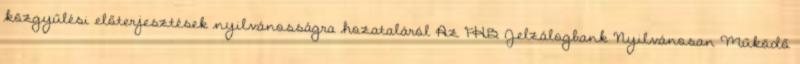
közgyűlési előterjesztések nyilvánosságra hozataláról Az FHB Jelzálogbank Nyilvánosan Működő